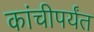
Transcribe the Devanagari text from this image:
कांचीपर्यंत